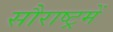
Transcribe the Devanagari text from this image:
सौराष्‍ट्रमें